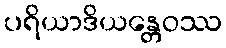
ပရိယာဒိယန္တေဝဿ